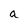
Character: a